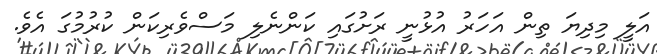
އަލީ މިދިޔަ ތިން އަހަރު އުޅުނީ ރަށުގައި ކަންނެލި މަސްވެރިކަން ކުރުމުގަ އެވެ.